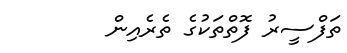
ތަފްސީރު ފޮތްތަކުގެ ތެރެއިން